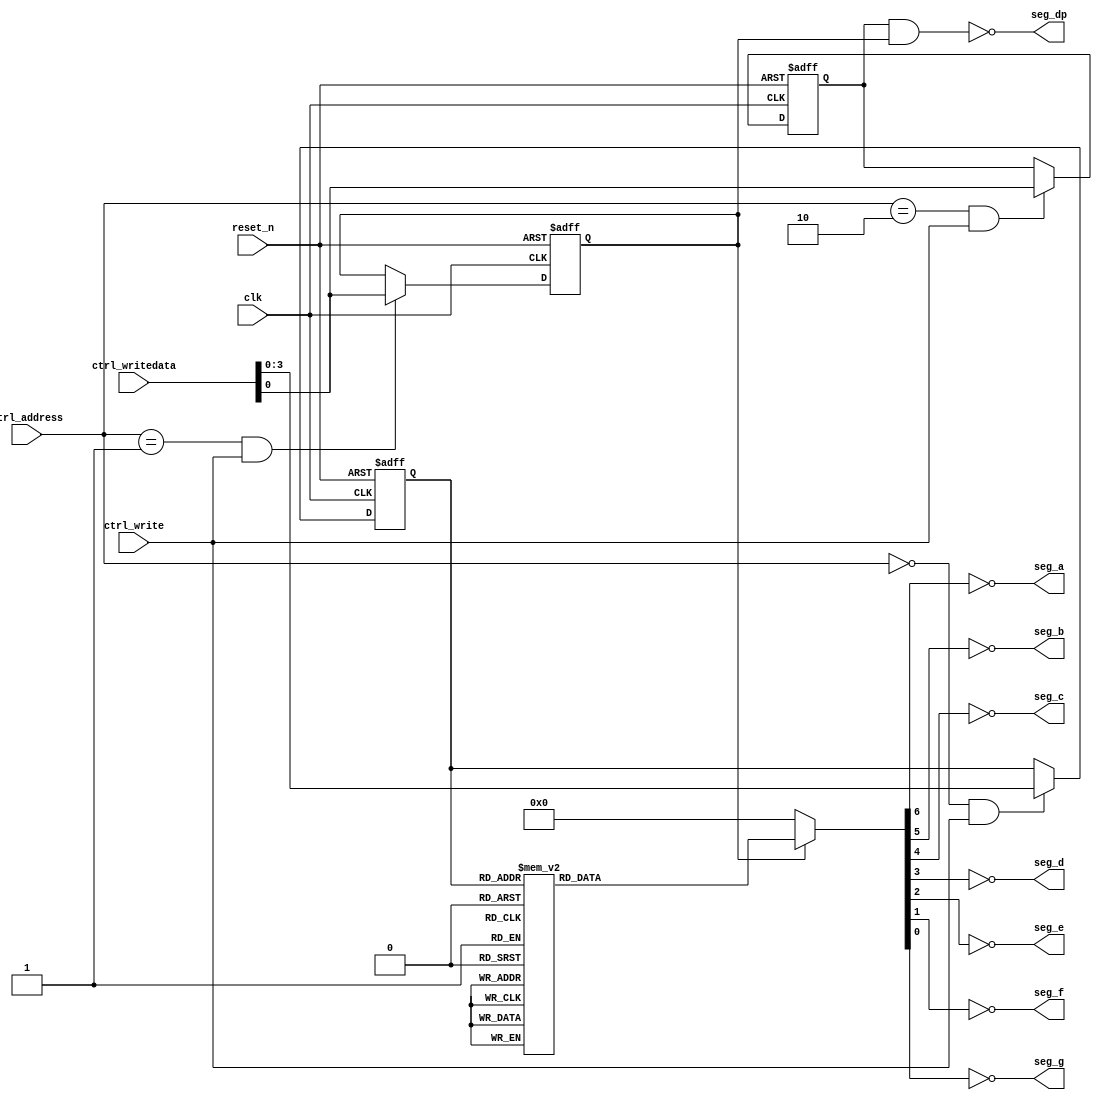
module seg7led_static #(
	parameter
	DIGITS     = 1,
	ACTIVE_LOW = 1
) (
	input         clk,
	input         reset_n,

	input   [1:0] ctrl_address,
	input         ctrl_write,
	input  [31:0] ctrl_writedata,

	output [(DIGITS-1):0] seg_a,
	output [(DIGITS-1):0] seg_b,
	output [(DIGITS-1):0] seg_c,
	output [(DIGITS-1):0] seg_d,
	output [(DIGITS-1):0] seg_e,
	output [(DIGITS-1):0] seg_f,
	output [(DIGITS-1):0] seg_g,
	output [(DIGITS-1):0] seg_dp
);

reg [(DIGITS-1):0] on_r;
reg [(DIGITS-1):0] dp_r;
reg [(DIGITS*4-1):0] data_r;

always @(posedge clk or negedge reset_n)
	if(~reset_n)
		on_r <= {(DIGITS){1'b1}};
	else if(ctrl_address == 2'd1 && ctrl_write)
		on_r <= ctrl_writedata[(DIGITS-1):0];

always @(posedge clk or negedge reset_n)
	if(~reset_n)
		dp_r <= {(DIGITS){1'b0}};
	else if(ctrl_address == 2'd2 && ctrl_write)
		dp_r <= ctrl_writedata[(DIGITS-1):0];

always @(posedge clk or negedge reset_n)
	if(~reset_n)
		data_r <= {(DIGITS*4){1'b0}};
	else if(ctrl_address == 2'd0 && ctrl_write)
		data_r <= ctrl_writedata[(DIGITS*4-1):0];

generate
	genvar i;
	for(i = 0; i < DIGITS; i = i + 1) begin: digit
		reg [6:0] segs_w;
		always @*
			if(~on_r[i])
				segs_w = 7'b0000000;
			else case(data_r[i*4+3:i*4])
			4'h0:	segs_w = 7'b0000001;
			4'h1:	segs_w = 7'b1001111;
			4'h2:	segs_w = 7'b0010010;
			4'h3:	segs_w = 7'b0000110;
			4'h4:	segs_w = 7'b1001100;
			4'h5:	segs_w = 7'b0100100;
			4'h6:	segs_w = 7'b0100000;
			4'h7:	segs_w = 7'b0001111;
			4'h8:	segs_w = 7'b0000000;
			4'h9:	segs_w = 7'b0000100;
			4'ha:	segs_w = 7'b0001000;
			4'hb:	segs_w = 7'b1100000;
			4'hc:	segs_w = 7'b1110010;
			4'hd:	segs_w = 7'b1000010;
			4'he:	segs_w = 7'b0110000;
			4'hf:	segs_w = 7'b0111000;
			endcase
		assign seg_a[i] = segs_w[6] ^ ACTIVE_LOW;
		assign seg_b[i] = segs_w[5] ^ ACTIVE_LOW;
		assign seg_c[i] = segs_w[4] ^ ACTIVE_LOW;
		assign seg_d[i] = segs_w[3] ^ ACTIVE_LOW;
		assign seg_e[i] = segs_w[2] ^ ACTIVE_LOW;
		assign seg_f[i] = segs_w[1] ^ ACTIVE_LOW;
		assign seg_g[i] = segs_w[0] ^ ACTIVE_LOW;
		assign seg_dp[i] = (dp_r[i] & on_r[i]) ^ ACTIVE_LOW;
	end
endgenerate

endmodule